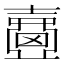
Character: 𡕈